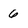
Character: 6